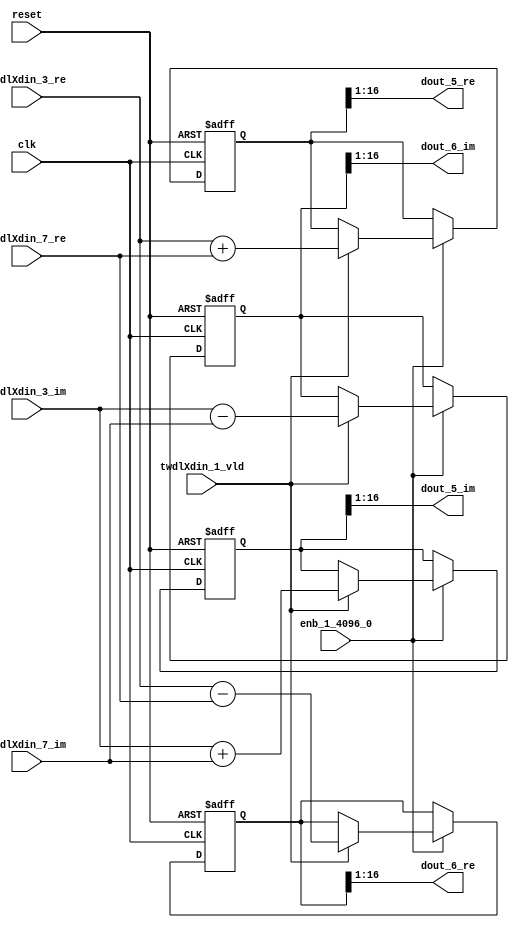
// -------------------------------------------------------------
// 
// 
// Generated by MATLAB 9.14 and HDL Coder 4.1
// 
// -------------------------------------------------------------


// -------------------------------------------------------------
// 
// Module: RADIX22FFT_SDNF1_5_block1
// Source Path: dsphdl.IFFT/RADIX22FFT_SDNF1_5
// Hierarchy Level: 4
// 
// -------------------------------------------------------------

`timescale 1 ns / 1 ns

module RADIX22FFT_SDNF1_5_block1
          (clk,
           reset,
           enb_1_4096_0,
           twdlXdin_3_re,
           twdlXdin_3_im,
           twdlXdin_7_re,
           twdlXdin_7_im,
           twdlXdin_1_vld,
           dout_5_re,
           dout_5_im,
           dout_6_re,
           dout_6_im);


  input   clk;
  input   reset;
  input   enb_1_4096_0;
  input   signed [15:0] twdlXdin_3_re;  // sfix16_En14
  input   signed [15:0] twdlXdin_3_im;  // sfix16_En14
  input   signed [15:0] twdlXdin_7_re;  // sfix16_En14
  input   signed [15:0] twdlXdin_7_im;  // sfix16_En14
  input   twdlXdin_1_vld;
  output  signed [15:0] dout_5_re;  // sfix16_En14
  output  signed [15:0] dout_5_im;  // sfix16_En14
  output  signed [15:0] dout_6_re;  // sfix16_En14
  output  signed [15:0] dout_6_im;  // sfix16_En14


  reg signed [16:0] Radix22ButterflyG1_NF_btf1_re_reg;  // sfix17
  reg signed [16:0] Radix22ButterflyG1_NF_btf1_im_reg;  // sfix17
  reg signed [16:0] Radix22ButterflyG1_NF_btf2_re_reg;  // sfix17
  reg signed [16:0] Radix22ButterflyG1_NF_btf2_im_reg;  // sfix17
  reg  Radix22ButterflyG1_NF_dinXtwdl_vld_dly1;
  reg signed [16:0] Radix22ButterflyG1_NF_btf1_re_reg_next;  // sfix17_En14
  reg signed [16:0] Radix22ButterflyG1_NF_btf1_im_reg_next;  // sfix17_En14
  reg signed [16:0] Radix22ButterflyG1_NF_btf2_re_reg_next;  // sfix17_En14
  reg signed [16:0] Radix22ButterflyG1_NF_btf2_im_reg_next;  // sfix17_En14
  reg  Radix22ButterflyG1_NF_dinXtwdl_vld_dly1_next;
  reg signed [15:0] dout_5_re_1;  // sfix16_En14
  reg signed [15:0] dout_5_im_1;  // sfix16_En14
  reg signed [15:0] dout_6_re_1;  // sfix16_En14
  reg signed [15:0] dout_6_im_1;  // sfix16_En14
  reg  dout_5_vld;
  reg signed [16:0] Radix22ButterflyG1_NF_add_cast;  // sfix17_En14
  reg signed [16:0] Radix22ButterflyG1_NF_add_cast_0;  // sfix17_En14
  reg signed [16:0] Radix22ButterflyG1_NF_sra_temp;  // sfix17_En14
  reg signed [16:0] Radix22ButterflyG1_NF_sub_cast;  // sfix17_En14
  reg signed [16:0] Radix22ButterflyG1_NF_sub_cast_0;  // sfix17_En14
  reg signed [16:0] Radix22ButterflyG1_NF_sra_temp_0;  // sfix17_En14
  reg signed [16:0] Radix22ButterflyG1_NF_add_cast_1;  // sfix17_En14
  reg signed [16:0] Radix22ButterflyG1_NF_add_cast_2;  // sfix17_En14
  reg signed [16:0] Radix22ButterflyG1_NF_sra_temp_1;  // sfix17_En14
  reg signed [16:0] Radix22ButterflyG1_NF_sub_cast_1;  // sfix17_En14
  reg signed [16:0] Radix22ButterflyG1_NF_sub_cast_2;  // sfix17_En14
  reg signed [16:0] Radix22ButterflyG1_NF_sra_temp_2;  // sfix17_En14


  // Radix22ButterflyG1_NF
  always @(posedge clk or posedge reset)
    begin : Radix22ButterflyG1_NF_process
      if (reset == 1'b1) begin
        Radix22ButterflyG1_NF_btf1_re_reg <= 17'sb00000000000000000;
        Radix22ButterflyG1_NF_btf1_im_reg <= 17'sb00000000000000000;
        Radix22ButterflyG1_NF_btf2_re_reg <= 17'sb00000000000000000;
        Radix22ButterflyG1_NF_btf2_im_reg <= 17'sb00000000000000000;
        Radix22ButterflyG1_NF_dinXtwdl_vld_dly1 <= 1'b0;
      end
      else begin
        if (enb_1_4096_0) begin
          Radix22ButterflyG1_NF_btf1_re_reg <= Radix22ButterflyG1_NF_btf1_re_reg_next;
          Radix22ButterflyG1_NF_btf1_im_reg <= Radix22ButterflyG1_NF_btf1_im_reg_next;
          Radix22ButterflyG1_NF_btf2_re_reg <= Radix22ButterflyG1_NF_btf2_re_reg_next;
          Radix22ButterflyG1_NF_btf2_im_reg <= Radix22ButterflyG1_NF_btf2_im_reg_next;
          Radix22ButterflyG1_NF_dinXtwdl_vld_dly1 <= Radix22ButterflyG1_NF_dinXtwdl_vld_dly1_next;
        end
      end
    end

  always @(Radix22ButterflyG1_NF_btf1_im_reg, Radix22ButterflyG1_NF_btf1_re_reg,
       Radix22ButterflyG1_NF_btf2_im_reg, Radix22ButterflyG1_NF_btf2_re_reg,
       Radix22ButterflyG1_NF_dinXtwdl_vld_dly1, twdlXdin_1_vld, twdlXdin_3_im,
       twdlXdin_3_re, twdlXdin_7_im, twdlXdin_7_re) begin
    Radix22ButterflyG1_NF_add_cast = 17'sb00000000000000000;
    Radix22ButterflyG1_NF_add_cast_0 = 17'sb00000000000000000;
    Radix22ButterflyG1_NF_sub_cast = 17'sb00000000000000000;
    Radix22ButterflyG1_NF_sub_cast_0 = 17'sb00000000000000000;
    Radix22ButterflyG1_NF_add_cast_1 = 17'sb00000000000000000;
    Radix22ButterflyG1_NF_add_cast_2 = 17'sb00000000000000000;
    Radix22ButterflyG1_NF_sub_cast_1 = 17'sb00000000000000000;
    Radix22ButterflyG1_NF_sub_cast_2 = 17'sb00000000000000000;
    Radix22ButterflyG1_NF_btf1_re_reg_next = Radix22ButterflyG1_NF_btf1_re_reg;
    Radix22ButterflyG1_NF_btf1_im_reg_next = Radix22ButterflyG1_NF_btf1_im_reg;
    Radix22ButterflyG1_NF_btf2_re_reg_next = Radix22ButterflyG1_NF_btf2_re_reg;
    Radix22ButterflyG1_NF_btf2_im_reg_next = Radix22ButterflyG1_NF_btf2_im_reg;
    Radix22ButterflyG1_NF_dinXtwdl_vld_dly1_next = twdlXdin_1_vld;
    if (twdlXdin_1_vld) begin
      Radix22ButterflyG1_NF_add_cast = {twdlXdin_3_re[15], twdlXdin_3_re};
      Radix22ButterflyG1_NF_add_cast_0 = {twdlXdin_7_re[15], twdlXdin_7_re};
      Radix22ButterflyG1_NF_btf1_re_reg_next = Radix22ButterflyG1_NF_add_cast + Radix22ButterflyG1_NF_add_cast_0;
      Radix22ButterflyG1_NF_sub_cast = {twdlXdin_3_re[15], twdlXdin_3_re};
      Radix22ButterflyG1_NF_sub_cast_0 = {twdlXdin_7_re[15], twdlXdin_7_re};
      Radix22ButterflyG1_NF_btf2_re_reg_next = Radix22ButterflyG1_NF_sub_cast - Radix22ButterflyG1_NF_sub_cast_0;
      Radix22ButterflyG1_NF_add_cast_1 = {twdlXdin_3_im[15], twdlXdin_3_im};
      Radix22ButterflyG1_NF_add_cast_2 = {twdlXdin_7_im[15], twdlXdin_7_im};
      Radix22ButterflyG1_NF_btf1_im_reg_next = Radix22ButterflyG1_NF_add_cast_1 + Radix22ButterflyG1_NF_add_cast_2;
      Radix22ButterflyG1_NF_sub_cast_1 = {twdlXdin_3_im[15], twdlXdin_3_im};
      Radix22ButterflyG1_NF_sub_cast_2 = {twdlXdin_7_im[15], twdlXdin_7_im};
      Radix22ButterflyG1_NF_btf2_im_reg_next = Radix22ButterflyG1_NF_sub_cast_1 - Radix22ButterflyG1_NF_sub_cast_2;
    end
    Radix22ButterflyG1_NF_sra_temp = Radix22ButterflyG1_NF_btf1_re_reg >>> 8'd1;
    dout_5_re_1 = Radix22ButterflyG1_NF_sra_temp[15:0];
    Radix22ButterflyG1_NF_sra_temp_0 = Radix22ButterflyG1_NF_btf1_im_reg >>> 8'd1;
    dout_5_im_1 = Radix22ButterflyG1_NF_sra_temp_0[15:0];
    Radix22ButterflyG1_NF_sra_temp_1 = Radix22ButterflyG1_NF_btf2_re_reg >>> 8'd1;
    dout_6_re_1 = Radix22ButterflyG1_NF_sra_temp_1[15:0];
    Radix22ButterflyG1_NF_sra_temp_2 = Radix22ButterflyG1_NF_btf2_im_reg >>> 8'd1;
    dout_6_im_1 = Radix22ButterflyG1_NF_sra_temp_2[15:0];
    dout_5_vld = Radix22ButterflyG1_NF_dinXtwdl_vld_dly1;
  end



  assign dout_5_re = dout_5_re_1;

  assign dout_5_im = dout_5_im_1;

  assign dout_6_re = dout_6_re_1;

  assign dout_6_im = dout_6_im_1;

endmodule  // RADIX22FFT_SDNF1_5_block1